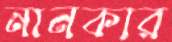
নানকার